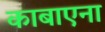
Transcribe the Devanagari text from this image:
काबाएना